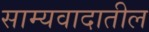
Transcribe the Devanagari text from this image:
साम्यवादातील